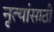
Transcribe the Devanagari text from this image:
नृत्यांसाठी